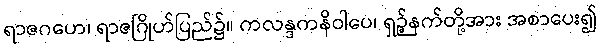
ရာဇဂဟေ၊ ရာဇဂြိုဟ်ပြည်၌။ ကလန္ဒကနိဝါပေ၊ ရှဉ့်နက်တို့အား အစာပေး၍